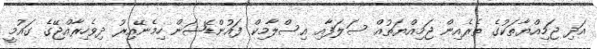
އަދި ޖަމިއްޔާތަކުގެ ތެރެއިން ޖަމިއްޔަތުއް ސަލަފާއި އިސްލާމިކް ފައުންޑޭޝަން ހިމެނޭއިރު ދިވެހިރާއްޖޭގެ ގައުމީ